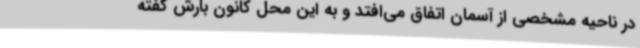
در ناحیه مشخصی از آسمان اتفاق می‌افتد و به این محل کانون بارش گفته